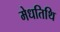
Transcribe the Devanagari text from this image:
मेधतिथि